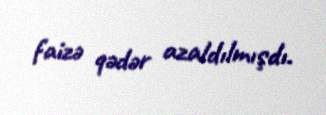
faizə qədər azaldılmışdı.